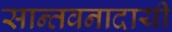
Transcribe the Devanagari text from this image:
सान्तवनादायी